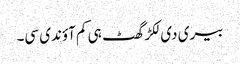
بیری دی لکڑ گھٹ ہی کم آؤندی سی۔